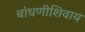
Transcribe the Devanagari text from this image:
बांधणीशिवाय